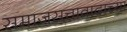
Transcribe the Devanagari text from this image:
समाजसत्तावादाच्या